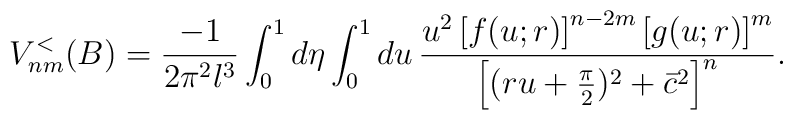
V_{nm}^{<}(B) = \frac{-1}{2\pi^2 l^3}  \int_{0}^{1} d\eta\int_{0}^{1} du\,   \frac{u^2 \left[ f(u; r) \right]^{n-2m}\left[ g(u; r) \right]^m}   {\left[ (ru +\frac{\pi}{2})^2 +\bar{c}^2 \right]^n}.